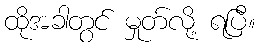
ထိုအခါတွင် မှုတ်လို့ ရပြီ။